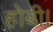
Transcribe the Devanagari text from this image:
होबी।